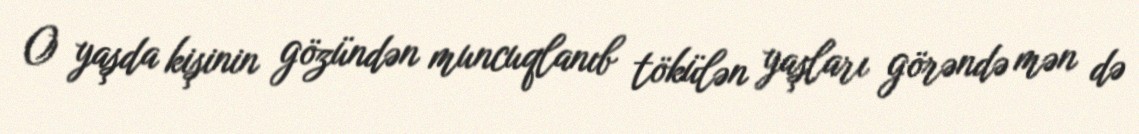
O yaşda kişinin gözündən muncuqlanıb tökülən yaşları görəndə mən də